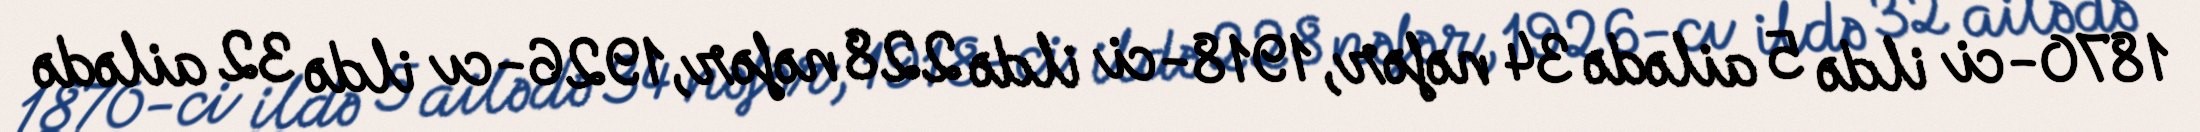
1870-ci ildə 5 ailədə 34 nəfər, 1918-ci ildə 228 nəfər, 1926-cı ildə 32 ailədə